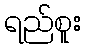
ရည်စူး